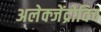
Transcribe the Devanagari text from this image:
अलेक्जेंद्रोविच